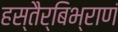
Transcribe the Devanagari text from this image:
हस्तैर्‌बिभ्राणं